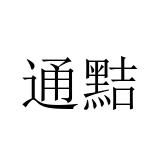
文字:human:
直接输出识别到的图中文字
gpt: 通黠